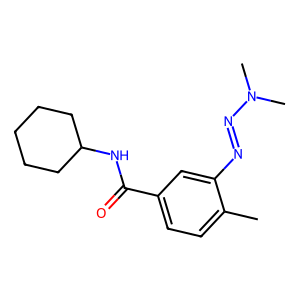
SMILES: Cc1ccc(C(=O)NC2CCCCC2)cc1N=NN(C)C
Inhibits HIV replication: No